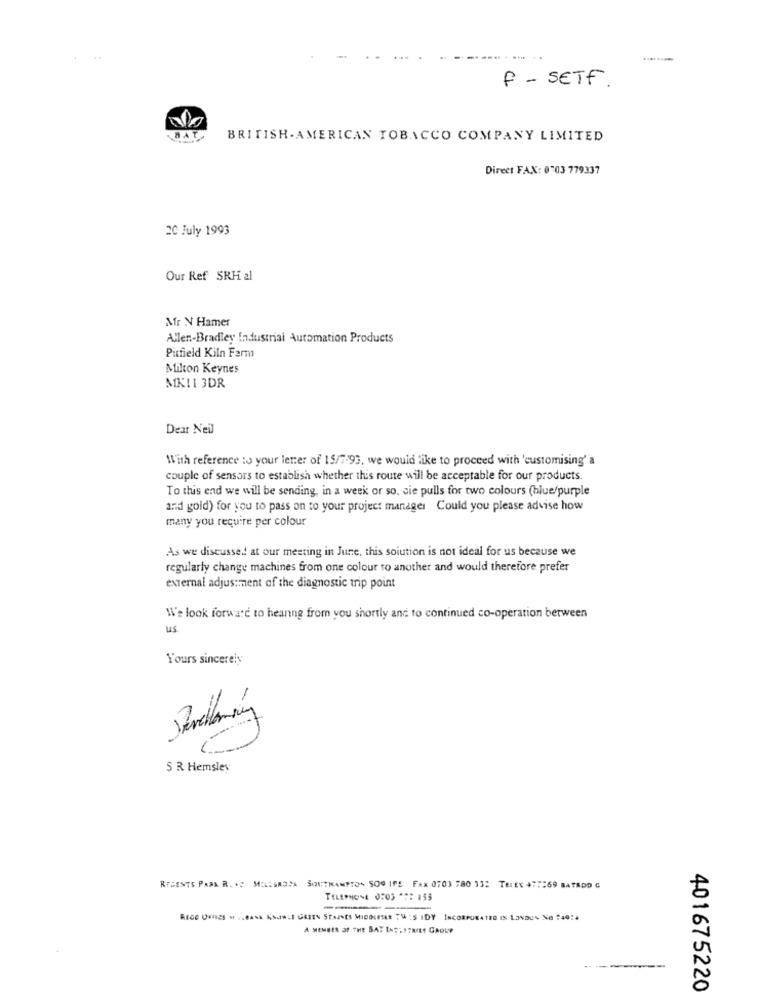
.....
F - SETF.
BAT
BRITISH . AMERICAN TOBACCO COMPANY LIMITED
Direct FAX: 0703 779337
20 July 1993
Our Ref SRH 2l
Mfr N Hamer
Allen-Bradley Industrial Automation Products
Pitfield Kiln Farmı
Milton Keynes
MKII 3DR
Dear Neil
With reference to your lener of 15/7.93, we would like to proceed with 'customising' a
couple of sensors to establish whether this route will be acceptable for our products.
To this end we will be sending, in a week or so, sie pulls for two colours (blue/purple
and gold) for you to pass on to your project manager Could you please advise how
many you require per colour
As we discussed at our meeting in June, this solution is not ideal for us because we
regularly change machines from one colour to another and would therefore prefer
external adjustment of the diagnostic trip point
We look forward to heanng from you shortly and to continued co-operation between
us
Yours sincerely
-1
S R Hemsley
REGENTS PARK R. . 2 MILESROSA SOUTHAMPTON SOO IFE FAX 0703 780 13: TELEK 4;69 BATADOG
TELEPHONE 0503 *** 155
--
-
Rece Urnes . .. Bask Kod *: 1 GESEN STAINES MIDOLETAR TMA :S IDY INCORPORATED IS LONDON Ne 140:4
A MEMBER OF THE BAY INS- SERIES GROUP
401675220